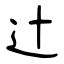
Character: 辻